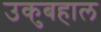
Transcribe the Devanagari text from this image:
उकुबहाल